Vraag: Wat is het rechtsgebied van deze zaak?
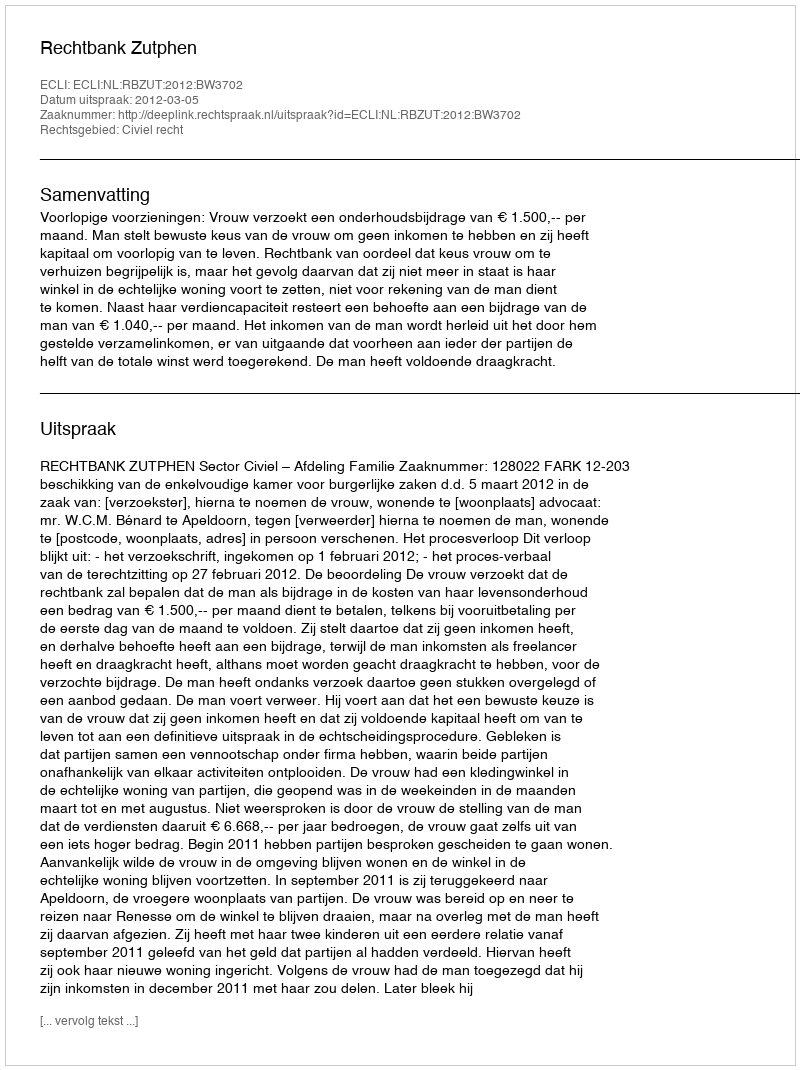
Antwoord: Civiel recht